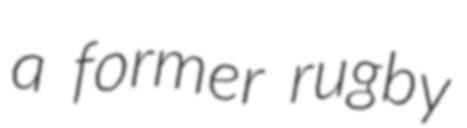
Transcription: a former rugby